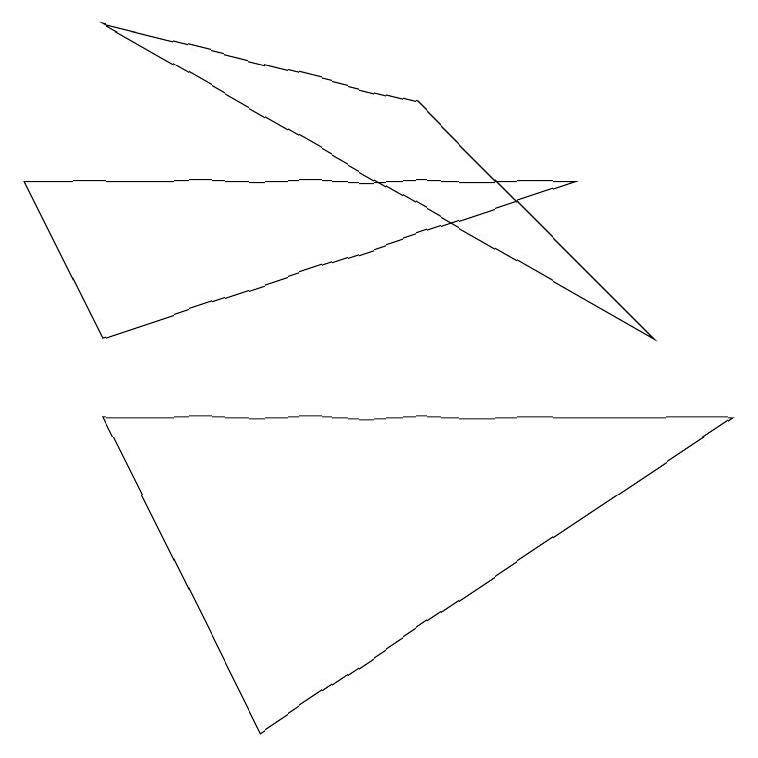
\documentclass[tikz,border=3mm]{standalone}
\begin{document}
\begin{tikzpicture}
\draw (1,4) -- (3,0) -- (9,4) -- cycle;
\draw (7,7) -- (1,5) -- (0,7) -- cycle;
\draw (1,9) -- (5,8) -- (8,5) -- cycle;
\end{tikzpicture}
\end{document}